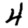
Digit: 4